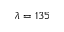
\lambda = 1 3 5